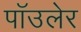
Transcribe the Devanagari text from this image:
पॉउलेर